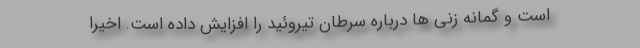
است و گمانه زنی ها درباره سرطان تیروئید را افزایش داده است. اخیراً